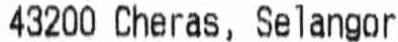
43200 CHERAS, SELANGOR